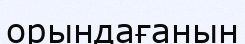
орындағанын